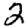
Digit: 2